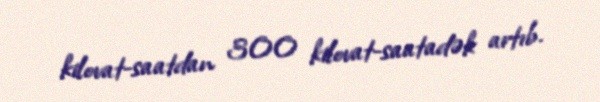
kilovat-saatdan 300 kilovat-saatadək artıb.